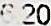
6.20